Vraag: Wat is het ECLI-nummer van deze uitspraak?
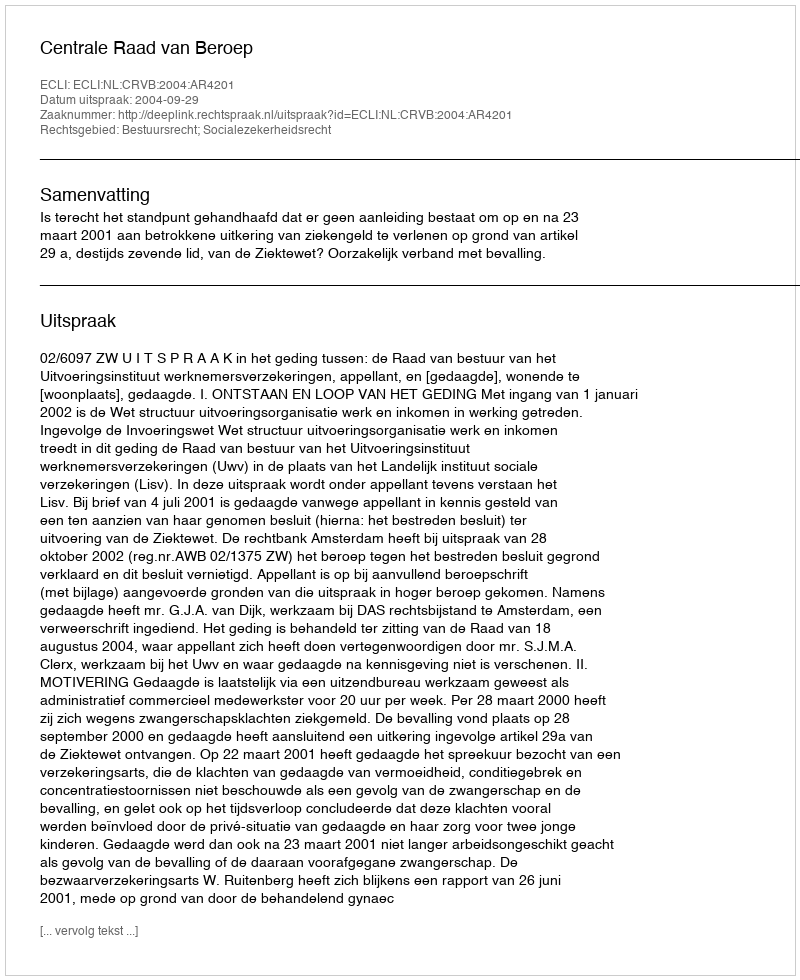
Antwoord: ECLI:NL:CRVB:2004:AR4201